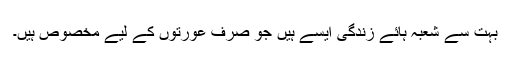
بہت سے شعبہ ہائے زندگی ایسے ہیں جو صرف عورتوں کے لیے مخصوص ہیں۔